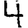
Digit: 4